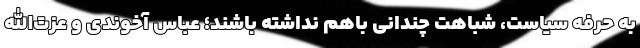
به حرفه سیاست، شباهت چندانی باهم نداشته باشند؛ عباس آخوندی و عزت‌الله